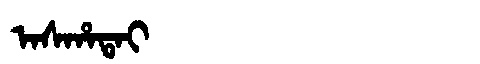
Manchu: ᠠᠰᡥᠠᡨᠠᡳ
Romanization: ASHATAI